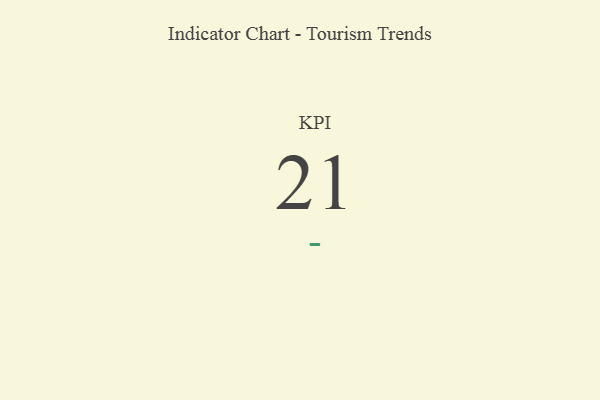
{"axis": {"x": "KPI", "y": "Value"}, "legend": [""], "data": [{"x": "KPI", "y": 21, "type": ""}]}